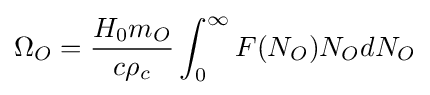
\Omega _{O}={\frac {H_{0}m_{O}}{c\rho _{c}}}\int _{0}^{\infty }F(N_{O})N_{O}dN_{O}